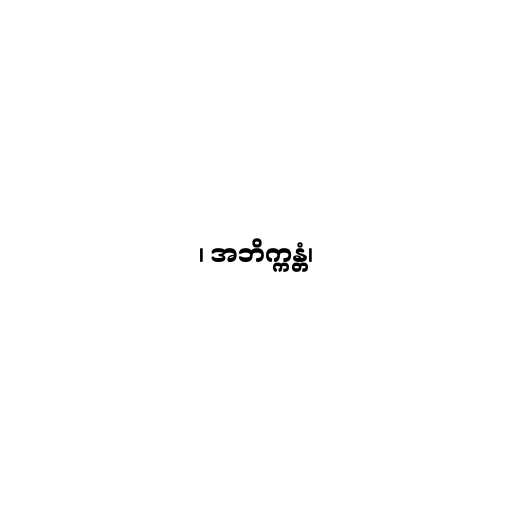
၊ အဘိက္ကန္တံ၊